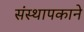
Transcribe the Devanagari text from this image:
संस्थापकाने